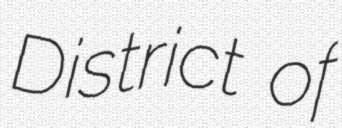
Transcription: District of